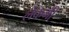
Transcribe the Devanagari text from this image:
लेकमी